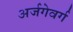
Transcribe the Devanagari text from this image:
अर्जगेवर्ग